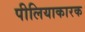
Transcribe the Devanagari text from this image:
पीलियाकारक